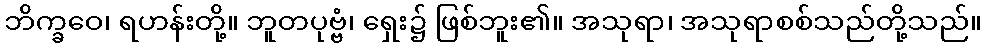
ဘိက္ခဝေ၊ ရဟန်းတို့။ ဘူတပုဗ္ဗံ၊ ရှေး၌ ဖြစ်ဘူး၏။ အသုရာ၊ အသုရာစစ်သည်တို့သည်။